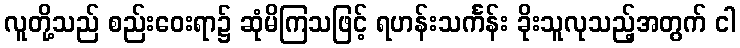
လူတို့သည် စည်းဝေးရာ၌ ဆုံမိကြသဖြင့် ရဟန်းသင်္ကန်း ခိုးသူလုသည့်အတွက် ငါ